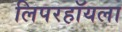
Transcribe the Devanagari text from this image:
लिपरहॉयला